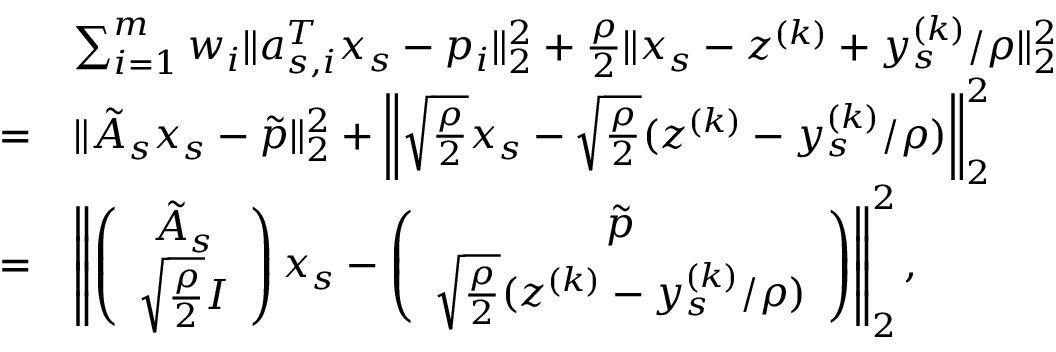
\begin{array} { r l } & { \sum _ { i = 1 } ^ { m } w _ { i } \| a _ { s , i } ^ { T } x _ { s } - p _ { i } \| _ { 2 } ^ { 2 } + \frac { \rho } { 2 } \| x _ { s } - z ^ { ( k ) } + y _ { s } ^ { ( k ) } / \rho \| _ { 2 } ^ { 2 } } \\ { = } & { \| \tilde { A } _ { s } x _ { s } - \tilde { p } \| _ { 2 } ^ { 2 } + \left\| \sqrt { \frac { \rho } { 2 } } x _ { s } - \sqrt { \frac { \rho } { 2 } } ( z ^ { ( k ) } - y _ { s } ^ { ( k ) } / \rho ) \right\| _ { 2 } ^ { 2 } } \\ { = } & { \left\| \left( \begin{array} { c } { \tilde { A } _ { s } } \\ { \sqrt { \frac { \rho } { 2 } } I } \end{array} \right) x _ { s } - \left( \begin{array} { c } { \tilde { p } } \\ { \sqrt { \frac { \rho } { 2 } } ( z ^ { ( k ) } - y _ { s } ^ { ( k ) } / \rho ) } \end{array} \right) \right\| _ { 2 } ^ { 2 } , } \end{array}